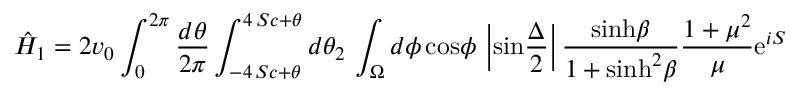
\hat { H } _ { 1 } = 2 v _ { 0 } \int _ { 0 } ^ { 2 \pi } { \frac { d \theta } { 2 \pi } } \int _ { - 4 \, S c + \theta } ^ { 4 \, S c + \theta } d \theta _ { 2 } \, \int _ { \Omega } d \phi \, \mathrm { c o s } \phi \, \left| \mathrm { s i n } { \frac { \Delta } { 2 } } \right| { \frac { \mathrm { s i n h } \beta } { 1 + \mathrm { s i n h } ^ { 2 } \beta } } { \frac { 1 + \mu ^ { 2 } } { \mu } } \mathrm { e } ^ { i S }